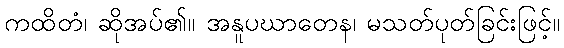
ကထိတံ၊ ဆိုအပ်၏။ အနူပဃာတေန၊ မသတ်ပုတ်ခြင်းဖြင့်။